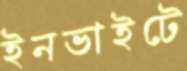
ইনভাইটে